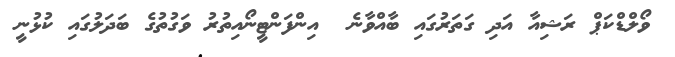
ވޯލްޑްކަޕް ރަޝިއާ އަދި ގަތަރުގައި ބާއްވާނެ  އިންފަންޓީނޯއިތުރު ވަގުތުގެ ބަދަލުގައި ކުޅުނީ